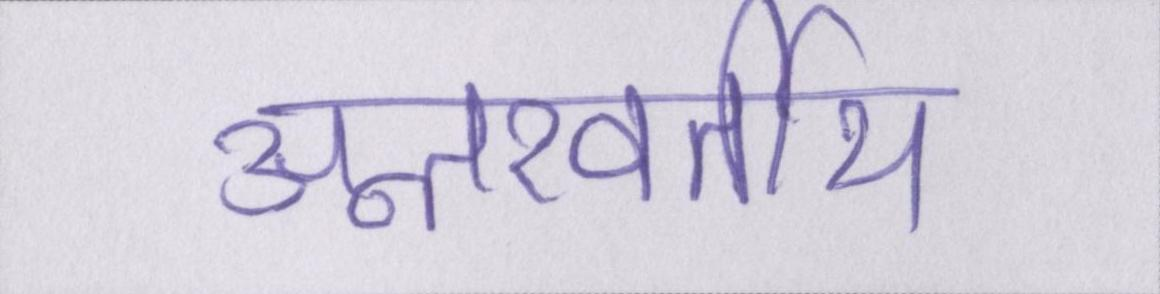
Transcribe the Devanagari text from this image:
अन्तरवर्तीय